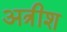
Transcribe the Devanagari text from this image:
अत्रीश